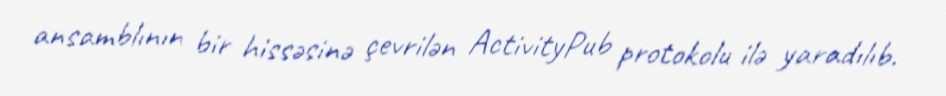
ansamblının bir hissəsinə çevrilən ActivityPub protokolu ilə yaradılıb.